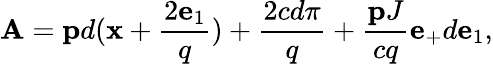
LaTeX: {\cal\mathbf{A}}={\mathbf{p}}d({\mathbf{x}}+\frac{{2{\mathbf{e}}_{1}}}{{q}})+\frac{{2cd\pi}}{{q}}+\frac{{{\mathbf{p}J}}}{{cq}}{\mathbf{e}}_{+}d{\mathbf{e}}_{1},